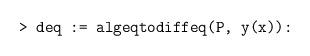
LaTeX: \begin{align*} \texttt{> deq := algeqtodiffeq(P, y(x)):}\end{align*}